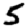
Digit: 5